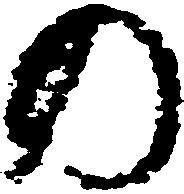
の